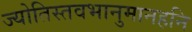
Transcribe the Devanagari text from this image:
ज्योतिस्तवभानुमानहनि